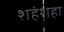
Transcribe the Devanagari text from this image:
शहंशहा